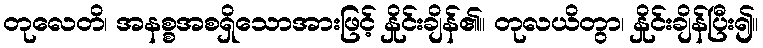
တုလေတိ၊ အနစ္စအစရှိသောအားဖြင့် နှိုင်းချိန်၏။ တုလယိတွာ၊ နှိုင်းချိန်ပြီး၍။